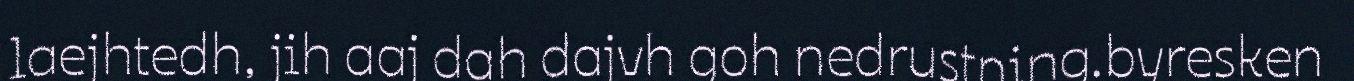
laejhtedh, jih aaj dah dajvh goh nedrustning.byresken